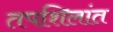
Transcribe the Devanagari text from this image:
तपशिलांत